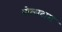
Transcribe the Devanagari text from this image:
पोत्सदाम